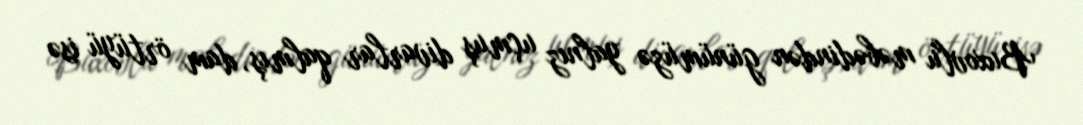
Buxovlu məbədindən günümüzə yalnız uçmuş divarlar qalmış, dam örtüyü isə